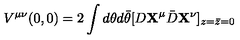
V ^ { \mu \nu } ( 0 , 0 ) = 2 \int d \theta d \bar { \theta } [ D { \bf X } ^ { \mu } { \bar { D } } { \bf X } ^ { \nu } ] _ { z = \bar { z } = 0 }